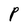
Character: P